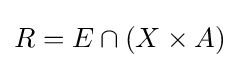
R=E\cap (X\times A)